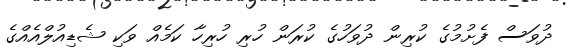
ދުވަސް ފެށުމުގެ ކުރިން ދުވަހުގެ ކުރަން ހުރި ހުރިހާ ކަމެއް ވަކި ޝެޑިއުލްއެއްގެ